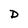
Character: D